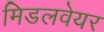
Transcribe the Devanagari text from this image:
मिडलवेयर